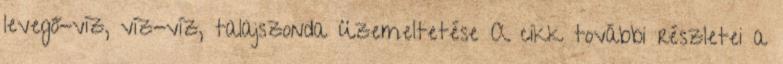
levegő-víz, víz-víz, talajszonda üzemeltetése A cikk további részletei a